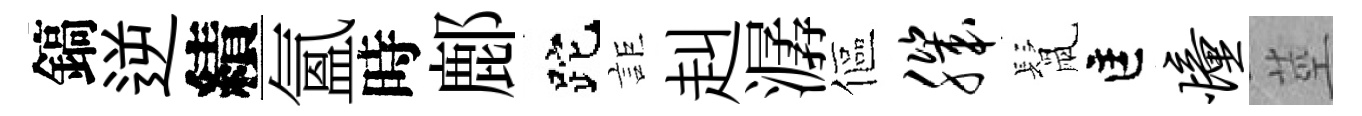
鎬逆績氳時鄜跎詎赳潺傴肌鬛匡憧莖